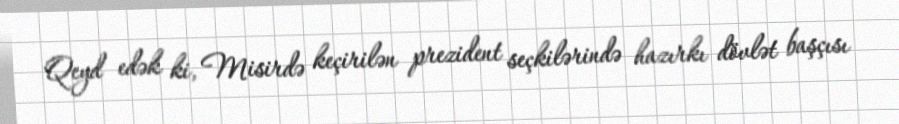
Qeyd edək ki, Misirdə keçirilən prezident seçkilərində hazırkı dövlət başçısı